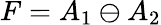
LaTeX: F=A_{1}\ominus A_{2}